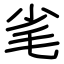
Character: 毟